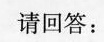
请回答：